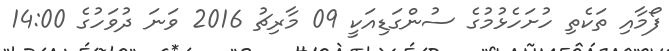
ފޯމާއި ތަކެތި ހުށަހެޅުމުގެ ސުންގަޑިއަކީ 09 މާރިޗު 2016 ވަނަ ދުވަހުގެ 14:00